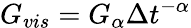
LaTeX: G_{vis}=G_{\alpha}\Delta t^{-\alpha}